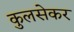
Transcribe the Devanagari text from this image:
कुलसेकर